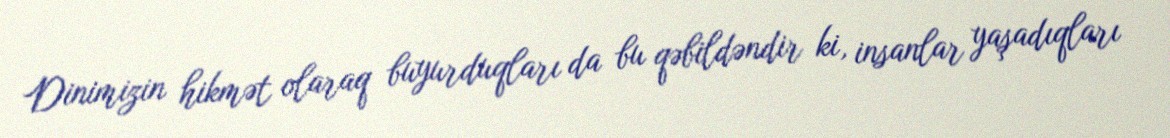
Dinimizin hikmət olaraq buyurduqları da bu qəbildəndir ki, insanlar yaşadıqları